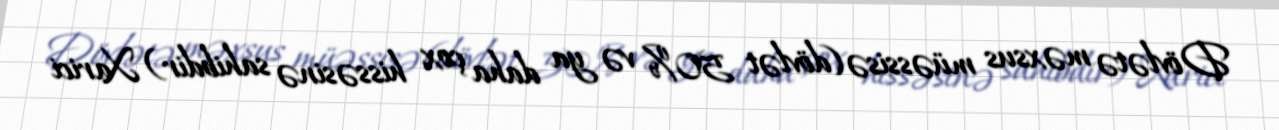
Dövlətə məxsus müəssisə (dövlət 50% və ya daha çox hissəsinə sahibdir) Xarici